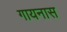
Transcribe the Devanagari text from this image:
गायनास